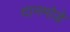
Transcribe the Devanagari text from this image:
दानमोडे